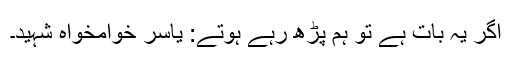
اگر یہ بات ہے تو ہم پڑھ رہے ہوتے: یاسر خوامخواہ شہید۔